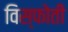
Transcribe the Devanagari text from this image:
विस्फोती